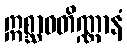
ဣစ္ဆာဝတိဏ္ဏာနံ